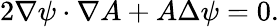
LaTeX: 2\nabla\psi\cdot\nabla A+A\Delta\psi=0.